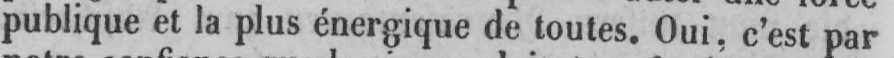
publique et la plus énergique de toutes. Oui. c’est par